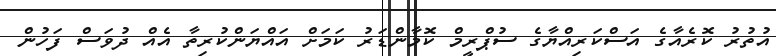
އުތުރު ކޮރެއާގެ އަސްކަރިއްޔާގެ ސުޕްރީމް ކޮމާންޑަރު ކަމަށް އައްޔަންކުރިތާ އެއް ދުވަސް ފަހުން